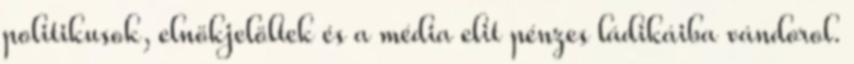
politikusok, elnökjelöltek és a média elit pénzes ládikáiba vándorol.